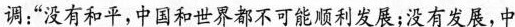
中得出的必然结论。他站在国内国际两个大局相互影响，相